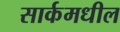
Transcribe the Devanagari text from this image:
सार्कमधील